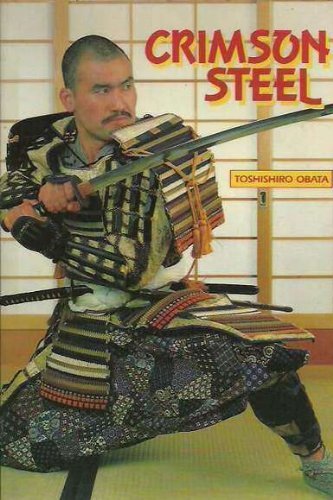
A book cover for Crimson Steel: The Sword Technique of the Samurai; Toshishiro Obata; Sports & Outdoors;